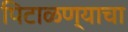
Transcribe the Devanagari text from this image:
पिटाळण्याचा